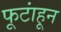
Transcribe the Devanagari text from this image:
फूटांहून